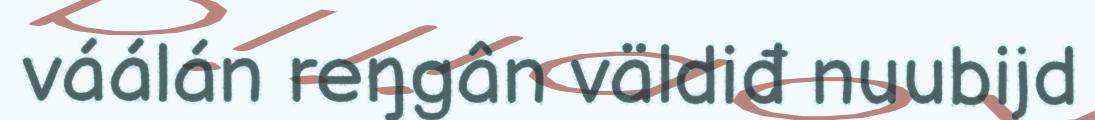
váálán reŋgân väldiđ nuubijd